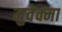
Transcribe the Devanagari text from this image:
मुवेक्मा